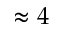
\approx 4